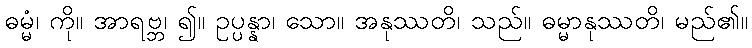
ဓမ္မံ၊ ကို။ အာရဗ္ဘ၊ ၍။ ဥပ္ပန္နာ၊ သော။ အနုဿတိ၊ သည်။ ဓမ္မာနုဿတိ၊ မည်၏။